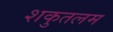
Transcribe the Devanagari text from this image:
शकुतलम